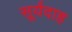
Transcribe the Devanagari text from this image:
सूर्यदाह